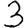
Digit: 3